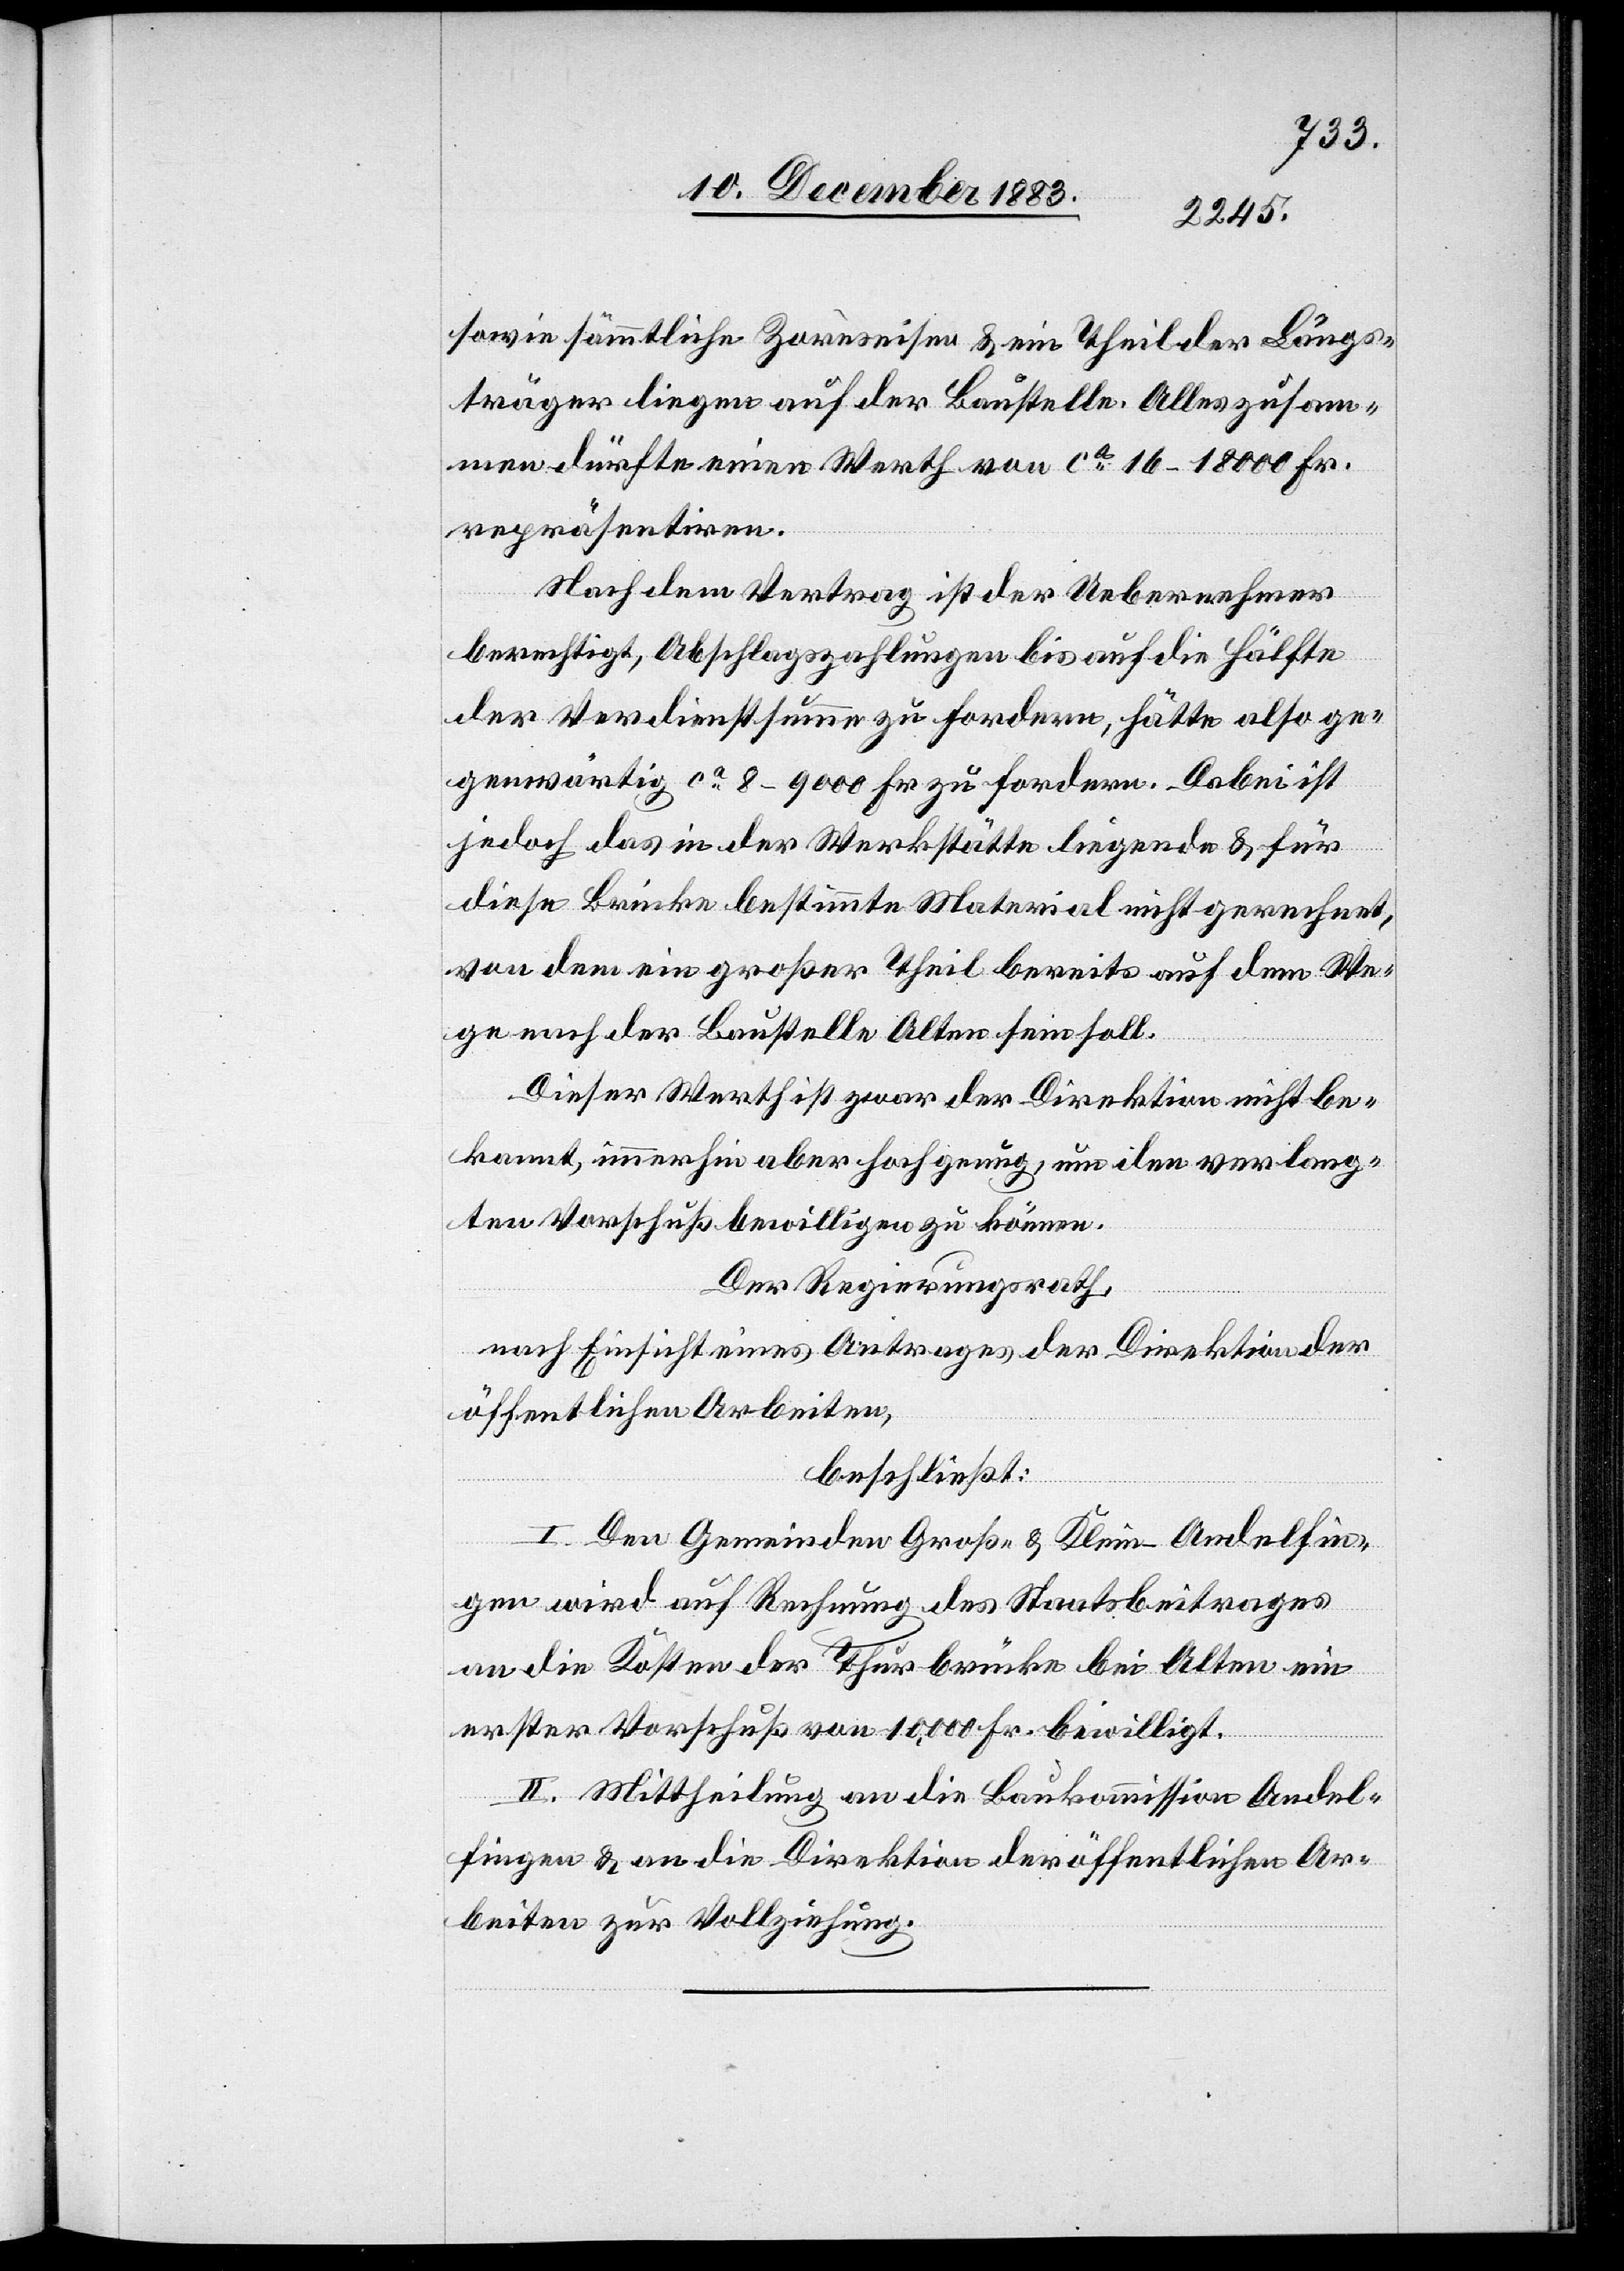
sowie sämmtliche Zoreseisen & ein Theil der Längs¬
träger liegen auf der Baustelle. Alles zusam¬
men dürfte einen Werth von ca 16–18000 Fr.
repräsentiren.
Nach dem Vertrag ist der Uebernehmer
berechtigt, Abschlagszahlungen bis auf die Hälfte
der Verdienstsumme zu fordern, hätte also ge¬
genwärtig ca 8–9000 Fr. zu fordern. Dabei ist
jedoch das in der Werkstätte liegende & für
diese Brücke bestimmte Material nicht gerechnet,
von dem ein großer Theil bereits auf dem We¬
ge nach der Baustelle Alten sein soll.
Dieser Werth ist zwar der Direktion nicht be¬
kannt, immerhin aber hoch genug, um den verlang¬
ten Vorschuß bewilligen zu können.
Der Regierungsrath,
nach Einsicht eines Antrages der Direktion der
öffentlichen Arbeiten,
beschließt:
I. Den Gemeinden Groß- & Klein-Andelfin¬
gen wird auf Rechnung des Staatsbeitrages
an die Kosten der Thurbrücke bei Alten ein
erster Vorschuß von 10,000 Fr. bewilligt.
II. Mittheilung an die Baukommission Andel¬
fingen & an die Direktion der öffentlichen Ar¬
beiten zur Vollziehung.